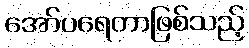
အော်ပရေတာဖြစ်သည့်